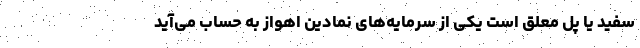
سفید یا پل معلق است یکی از سرمایه‌های نمادین اهواز به حساب می‌آید